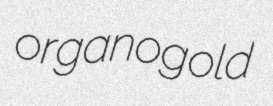
organogold